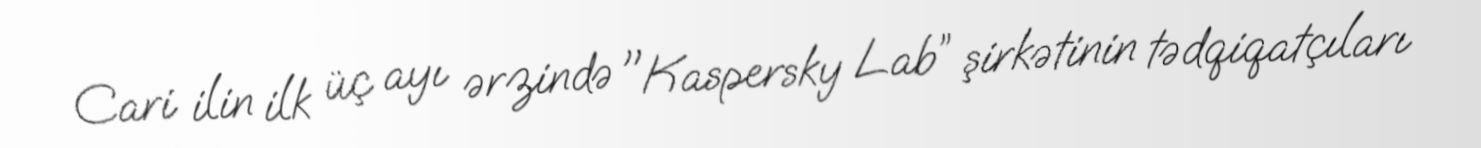
Cari ilin ilk üç ayı ərzində "Kaspersky Lab” şirkətinin tədqiqatçıları